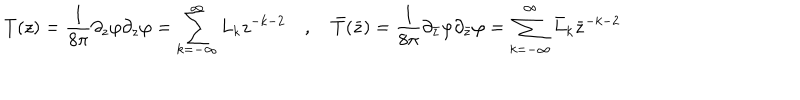
T ( z ) = \frac { 1 } { 8 \pi } \partial _ { z } \varphi \partial _ { z } \varphi = \sum _ { k = - \infty } ^ { \infty } L _ { k } z ^ { - k - 2 } \quad , \quad \bar { T } ( \bar { z } ) = \frac { 1 } { 8 \pi } \partial _ { \bar { z } } \varphi \partial _ { \bar { z } } \varphi = \sum _ { k = - \infty } ^ { \infty } \bar { L } _ { k } \bar { z } ^ { - k - 2 }